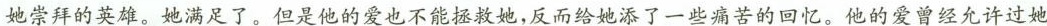
她崇拜的英雄。她满足了。但是他的爱也不能拯救她，反而给她添了一些痛苦的回忆。他的爱曾经允许过她